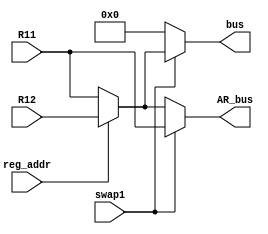
`timescale 1ns / 1ps
//////////////////////////////////////////////////////////////////////////////////
// Company: 
// Engineer: 
// 
// Design Name: 
// Module Name:    RegAcontroller 
// Project Name: 
// Target Devices: 
// Tool versions: 
// Description: 
//
// Dependencies: 
//
// Revision: 
// Revision 0.01 - File Created
// Additional Comments: 
//
//////////////////////////////////////////////////////////////////////////////////
module RegAcontroller(swap1,reg_addr,bus,AR_bus,R11,R12
    );
	input swap1,reg_addr;
	input [17:0] R11,R12;
	output reg [17:0] bus, AR_bus;
	
	always @ (R11 or R12 or swap1 or reg_addr)
	if(swap1) begin
	AR_bus<=R11;
	 if (reg_addr)
	 bus<=R12;
	 else
	 bus<=R11; end
	else begin
	 bus<=8'b0;
	 if (reg_addr)
	 AR_bus<=R12;
	 else
	 AR_bus<=R11; end
endmodule